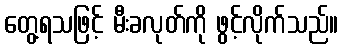
တွေ့ရသဖြင့် မီးခလုတ်ကို ဖွင့်လိုက်သည်။